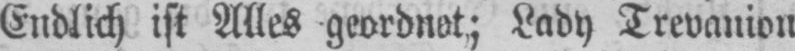
Endlich ist Alles geordnet; Lady Trevanion